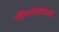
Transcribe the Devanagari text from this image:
फीलोकोलो